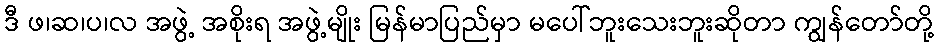
ဒီ ဖ၊ဆ၊ပ၊လ အဖွဲ့ အစိုးရ အဖွဲ့မျိုး မြန်မာပြည်မှာ မပေါ်ဘူးသေးဘူးဆိုတာ ကျွန်တော်တို့